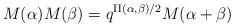
LaTeX: \begin{align*} M(\alpha)M(\beta) = q^{\Pi(\alpha,\beta)/2} M(\alpha+\beta) \end{align*}